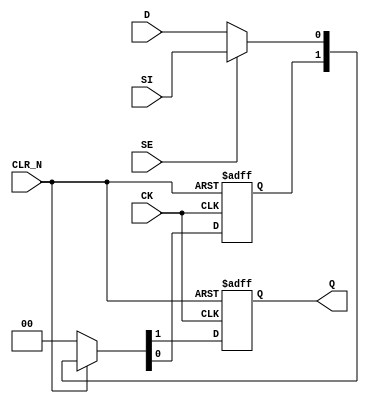
// This program was cloned from: https://github.com/intel/aib-phy-hardware
// License: Apache License 2.0

// SPDX-License-Identifier: Apache-2.0
// Copyright (C) 2019 Intel Corporation. All rights reserved
module aibcr3_ulvt16_2xarstsyncdff1_b2 (CLR_N, CK, D, SE, SI, Q);
    input CLR_N, CK, D, SE, SI;
    output reg Q;
    wire data;
    reg flop_0;

        assign data = SE ?  SI : D ; 
	
	always @(posedge CK or negedge CLR_N)
		if (!CLR_N) {Q,flop_0} <= 0;
		else if (CLR_N) {Q,flop_0} <= {flop_0,data};
		else {Q,flop_0} <= 0;
endmodule